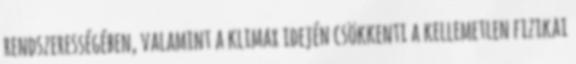
rendszerességében, valamint a klimax idején csökkenti a kellemetlen fizikai